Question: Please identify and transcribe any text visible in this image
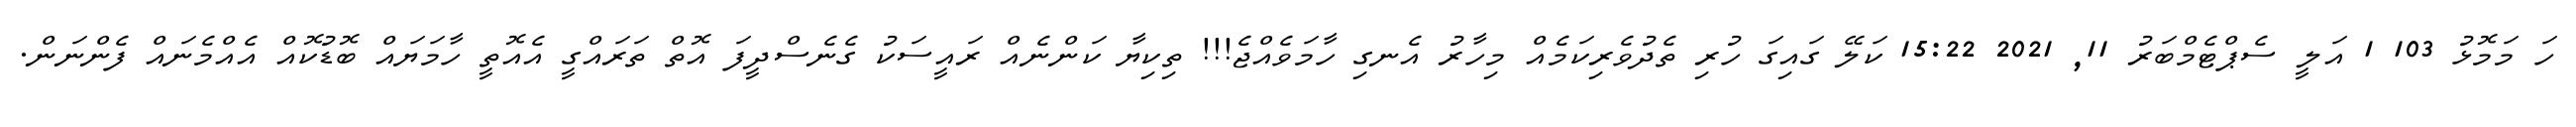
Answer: ހަ މަމޮޅު 103 1 އަލީ ސެޕްޓެމްބަރު 11, 2021 15:22 ކަލޭ ގައިގަ ހުރި ތެދުވެރިކަމެއް މިހާރު އެނގި ހާމަވެއްޖެ!!! ތިކިޔާ ކަންނެއް ރައީސަކު ގެނެސްދީފަ އޮތް ތަރައްގީ އެއޮތީ ހާމަޔައް ބޮޑުކޮއް އެއްމެނައް ފެންނަން.